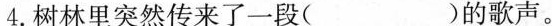
4.树林里突然传来了一段( )的歌声。